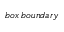
_ { b o x \: b o u n d a r y }